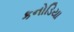
કનોડિયા